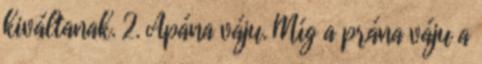
kiváltanak. 2. Apána váju. Míg a prána váju a